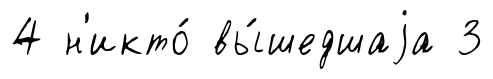
4 н'икто́ вы́шедшаjа 3